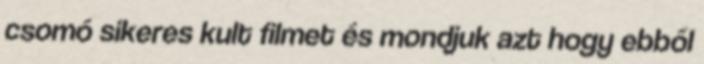
csomó sikeres kult filmet és mondjuk azt hogy ebből